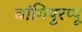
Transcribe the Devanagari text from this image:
वांगिपुरप्पू